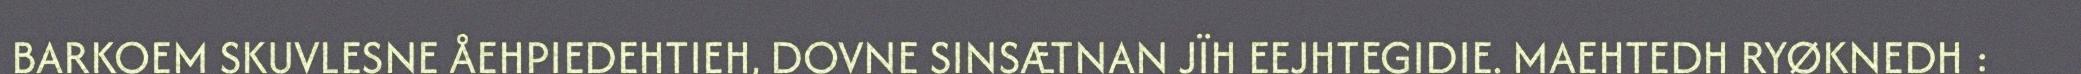
BARKOEM SKUVLESNE ÅEHPIEDEHTIEH, DOVNE SINSÆTNAN JÏH EEJHTEGIDIE. MAEHTEDH RYØKNEDH :